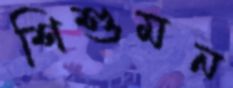
শিশুমন